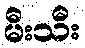
မီးသီး